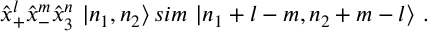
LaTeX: { \hat { x } } _ { + } ^ { l } { \hat { x } } _ { - } ^ { m } { \hat { x } } _ { 3 } ^ { n } \ | n _ { 1 } , n _ { 2 } \rangle \, s i m \ | n _ { 1 } + l - m , n _ { 2 } + m - l \rangle \ .